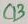
Text: C13